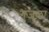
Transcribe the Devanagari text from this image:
गुंजला